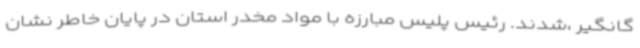
گانگیر ،شدند. رئیس پلیس مبارزه با مواد مخدر استان در پایان خاطر نشان